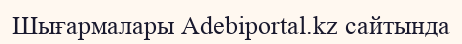
Шығармалары Adebiportal.kz сайтында